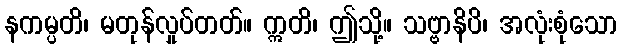
နကမ္ပတိ၊ မတုန်လှုပ်တတ်။ ဣတိ၊ ဤသို့။ သဗ္ဗာနိပိ၊ အလုံးစုံသော